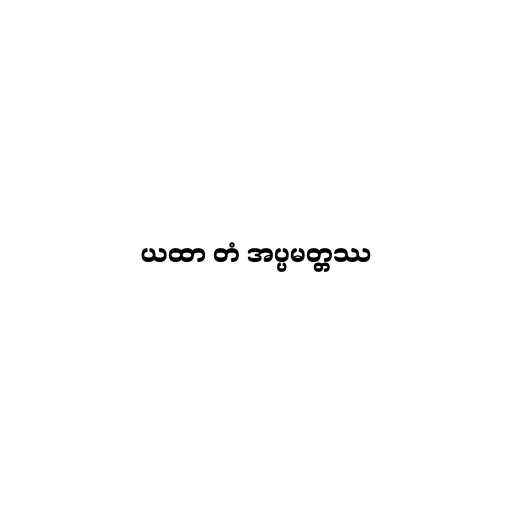
ယထာ တံ အပ္ပမတ္တဿ